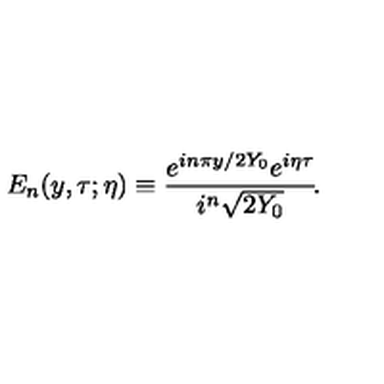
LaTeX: E _ { n } ( y , \tau ; \eta ) \equiv { \frac { e ^ { i n \pi y / 2 Y _ { 0 } } e ^ { i \eta \tau } } { i ^ { n } \sqrt { 2 Y _ { 0 } } } } \! .